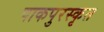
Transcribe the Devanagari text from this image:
पाकपुरस्कृत